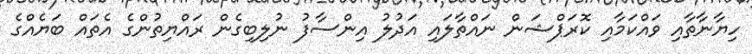
ހިޔާނާތާއި ވައްކަމާއި ކޮރަޕްޝަން ނައްތާލައި އަދުލު އިންސާފު ނުލިބިގެން ރައްޔިތުންގެ އެތައް ބަޔެއްގެ